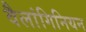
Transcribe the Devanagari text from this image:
वैलांगिनियन